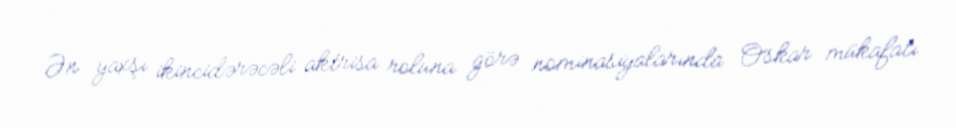
Ən yaxşı ikincidərəcəli aktrisa roluna görə nominasiyalarında Oskar mükafatı